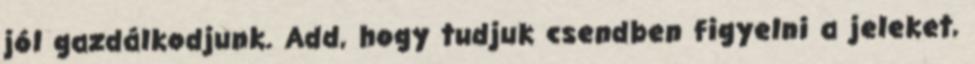
jól gazdálkodjunk. Add, hogy tudjuk csendben figyelni a jeleket,